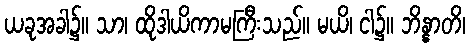
ယခုအခါ၌။ သာ၊ ထိုဒါယိကာမကြီးသည်။ မယိ၊ ငါ၌။ ဘိန္နာတိ၊